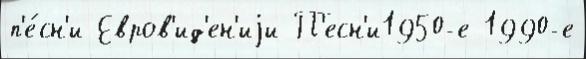
п'е́сн'и Евров'ид'ен'иjи П'есн'и1950-е 1990-е